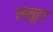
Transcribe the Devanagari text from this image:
स्मूहा